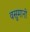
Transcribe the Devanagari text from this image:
वसुमानो